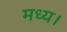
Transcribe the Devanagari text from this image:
मध्य।